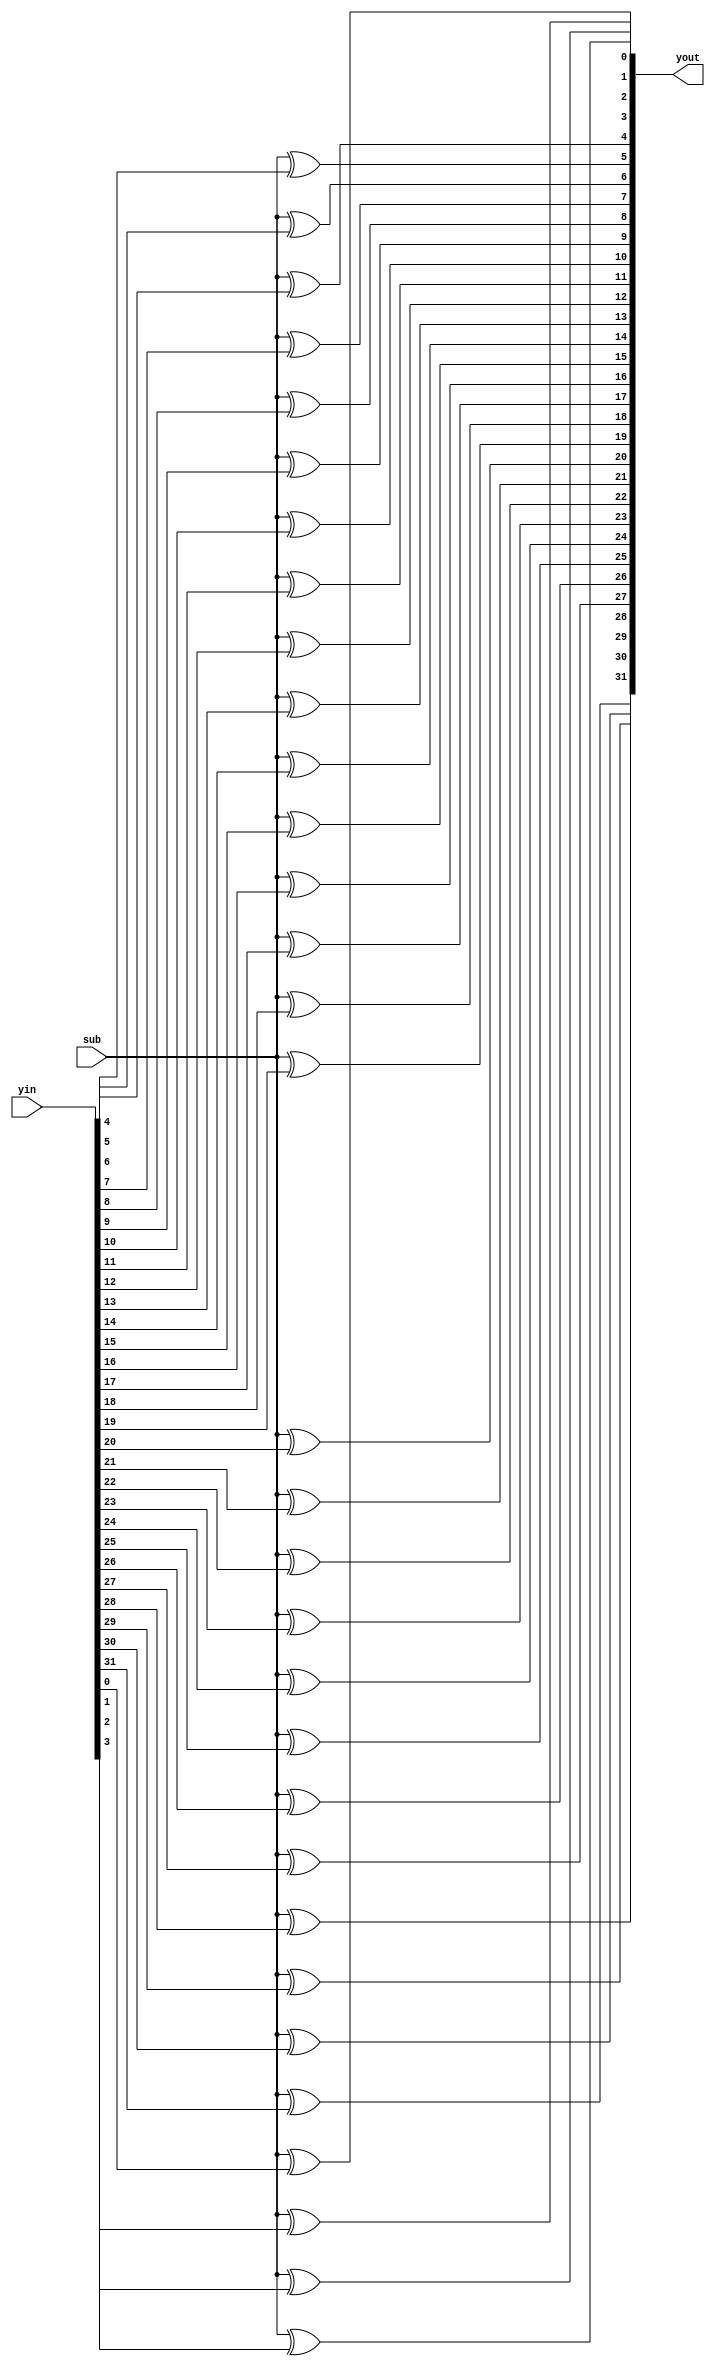
module sub_conv(sub,yin,yout);
    input sub;
    input [31:0] yin;
    output [31:0] yout;

    xor sub0(yout[0],sub,yin[0]);
    xor sub1(yout[1],sub,yin[1]);
    xor sub2(yout[2],sub,yin[2]);
    xor sub3(yout[3],sub,yin[3]);
    xor sub4(yout[4],sub,yin[4]);
    xor sub5(yout[5],sub,yin[5]);
    xor sub6(yout[6],sub,yin[6]);
    xor sub7(yout[7],sub,yin[7]);
    xor sub8(yout[8],sub,yin[8]);
    xor sub9(yout[9],sub,yin[9]);
    xor sub10(yout[10],sub,yin[10]);
    xor sub11(yout[11],sub,yin[11]);
    xor sub12(yout[12],sub,yin[12]);
    xor sub13(yout[13],sub,yin[13]);
    xor sub14(yout[14],sub,yin[14]);
    xor sub15(yout[15],sub,yin[15]);
    xor sub16(yout[16],sub,yin[16]);
    xor sub17(yout[17],sub,yin[17]);
    xor sub18(yout[18],sub,yin[18]);
    xor sub19(yout[19],sub,yin[19]);
    xor sub20(yout[20],sub,yin[20]);
    xor sub21(yout[21],sub,yin[21]);
    xor sub22(yout[22],sub,yin[22]);
    xor sub23(yout[23],sub,yin[23]);
    xor sub24(yout[24],sub,yin[24]);
    xor sub25(yout[25],sub,yin[25]);
    xor sub26(yout[26],sub,yin[26]);
    xor sub27(yout[27],sub,yin[27]);
    xor sub28(yout[28],sub,yin[28]);
    xor sub29(yout[29],sub,yin[29]);
    xor sub30(yout[30],sub,yin[30]);
    xor sub31(yout[31],sub,yin[31]);

endmodule